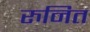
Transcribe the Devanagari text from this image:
रुनित